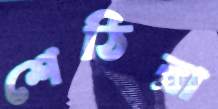
শেঠিরা